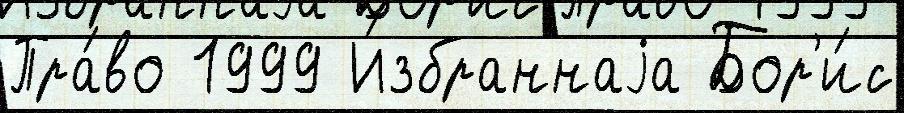
Пра́во 1999 И́збраннаjа Бор'и́с